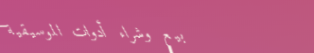
بيع وشراء أدوات الموسيقية